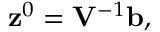
\begin{array} { r } { { \bf z } ^ { 0 } = { \bf V } ^ { - 1 } { \bf b } , } \end{array}